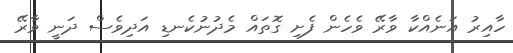
ހާއިރު އަނެއްކާ ވާރޭ ވެހެން ފެށި ގޮތައް މެދުނުކެނޑި އަދިވެސް ދަނީ ވާރޭ